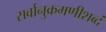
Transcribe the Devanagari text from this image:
सर्वानुक्रमणीशब्दं